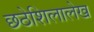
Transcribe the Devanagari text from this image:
छठेशिलालेख